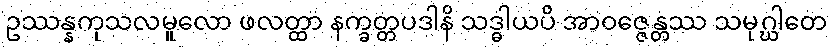
ဥဿန္နကုသလမူလော ဖလတ္ထာ နက္ခတ္တပဒါနိ သဒ္ဓါယပိ အာဝဇ္ဇေန္တဿ သမုဂ္ဃါတေ